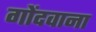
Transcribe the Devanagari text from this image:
गोंदवाना